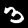
Label: 3